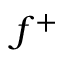
f ^ { + }